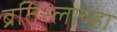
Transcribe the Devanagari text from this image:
ब्रतिस्लाव्हा